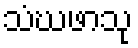
သံဃဖာသု